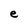
Character: e